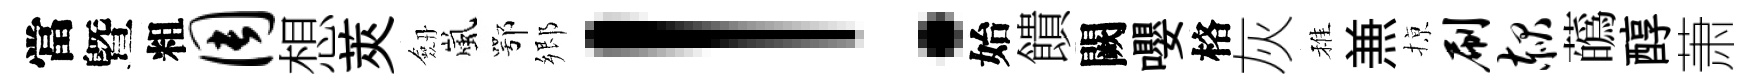
當曁粗周想莢劔嵐鄂郷！始饋闕嚶格灰稚𠔥𢱊刷赧蘤醇萧